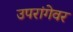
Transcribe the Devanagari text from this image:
उपरांगेवर